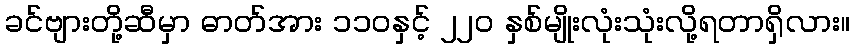
ခင်ဗျားတို့ဆီမှာ ဓာတ်အား ၁၁၀နှင့် ၂၂၀ နှစ်မျိုးလုံးသုံးလို့ရတာရှိလား။